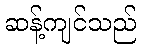
ဆန့်ကျင်သည်